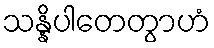
သန္နိပါတေတွာဟံ